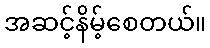
အဆင့်နိမ့်စေတယ်။